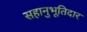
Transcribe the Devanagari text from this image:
सहानुभूतिदार